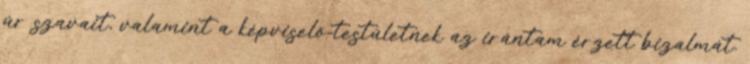
úr szavait, valamint a képviselő-testületnek az irántam érzett bizalmát.